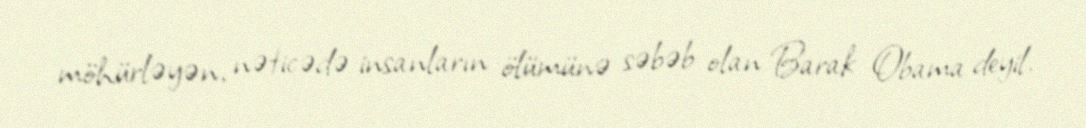
möhürləyən, nəticədə insanların ölümünə səbəb olan Barak Obama deyil.